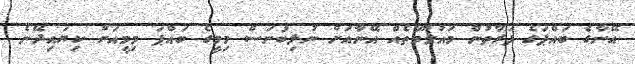
އޭނާގެ ބައްޕަގެ ފަރާތުން މައުލޫމާތެއް އޭނާއަށް ނުލިބުނަސް މިމީގެ ބައްޕަ މިމީއަށް ކިޔައިދޭނެ